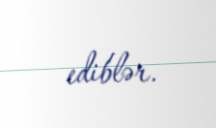
ediblər.